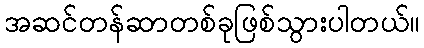
အဆင်တန်ဆာတစ်ခုဖြစ်သွားပါတယ်။